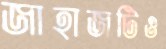
জাহাজটিও